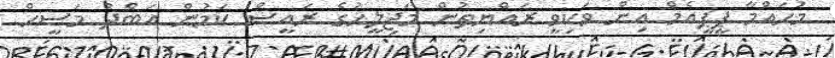
މުހައްމާ ޕީޕީއެމް އިން ވަކިވީ ރައްޔިތުން މަޖިލީހުގެ ރައީސް ކަމުން އަބްދު މަސީހް